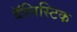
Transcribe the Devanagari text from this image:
बॅलिस्टिक